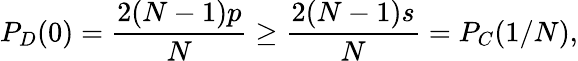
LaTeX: P_{D}(0)=\frac{2(N-1)p}{N}\geq\frac{2(N-1)s}{N}=P_{C}(1/N),